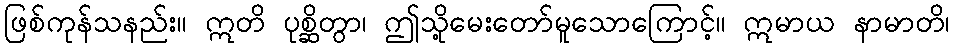
ဖြစ်ကုန်သနည်း။ ဣတိ ပုစ္ဆိတွာ၊ ဤသို့မေးတော်မူသောကြောင့်။ ဣမာယ နာမာတိ၊